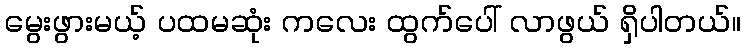
မွေးဖွားမယ့် ပထမဆုံး ကလေး ထွက်ပေါ် လာဖွယ် ရှိပါတယ်။